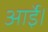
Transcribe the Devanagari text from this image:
आईे।